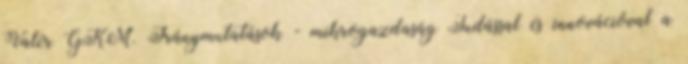
Valér GKM. Iránymutatások - mikrogazdaság Tudással és innovációval a